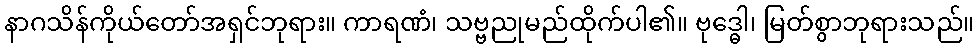
နာဂသိန်ကိုယ်တော်အရှင်ဘုရား။ ကာရဏံ၊ သဗ္ဗညုမည်ထိုက်ပါ၏။ ဗုဒ္ဓေါ၊ မြတ်စွာဘုရားသည်။